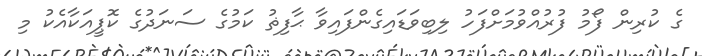
ގެ ކުރިން ފޯމު ފުރުއްވުމަށްފަހު ލިބިވަޑައިގެންފައިވާ ޙާފިޡު ކަމުގެ ސަނަދުގެ ކޮޕީއަކާއެކު މި